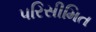
પરિસીમિત